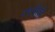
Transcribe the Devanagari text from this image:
२९नीले